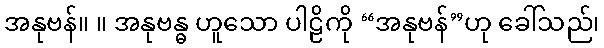
အနုဗန်။ ။ အနုဗန္ဓ ဟူသော ပါဠိကို “အနုဗန်”ဟု ခေါ်သည်၊